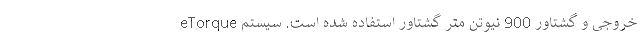
خروجی و گشتاور 900 نیوتن متر گشتاور استفاده شده است. سیستم eTorque